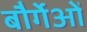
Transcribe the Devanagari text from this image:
बौर्गेओं